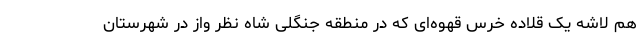
هم لاشه یک قلاده خرس قهوه‌ای که در منطقه جنگلی شاه نظر واز در شهرستان